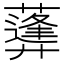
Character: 𦿪